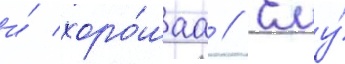
и́ хоро́шаа // Ему́